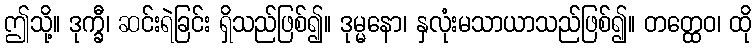
ဤသို့။ ဒုက္ခီ၊ ဆင်းရဲခြင်း ရှိသည်ဖြစ်၍။ ဒုမ္မနော၊ နှလုံးမသာယာသည်ဖြစ်၍။ တတ္ထေဝ၊ ထို